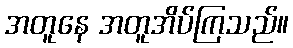
အတူနေ အတူအိပ်ကြသည်။